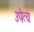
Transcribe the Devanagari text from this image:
उपेत्य